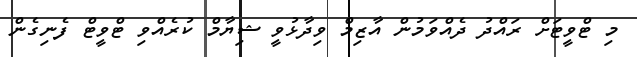
މި ޓްވީޓަށް ރައްދު ދެއްވަމުން އާޒިމް ވިދާޅުވީ ޝިޔާމް ކުރެއްވި ޓްވީޓް ފެނިގެން